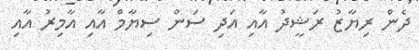
ދެން ރިޔާޒު ރަޝީދު އާއި އަދި ސަން ސިޔާމް އާއި އާމިރު އާއި